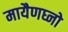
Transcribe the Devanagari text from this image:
मायैणघ्नो